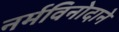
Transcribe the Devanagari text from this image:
नर्मविनोदाने